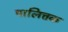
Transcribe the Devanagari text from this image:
पालित्तक